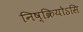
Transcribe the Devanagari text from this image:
निष्क्रियोऽसि